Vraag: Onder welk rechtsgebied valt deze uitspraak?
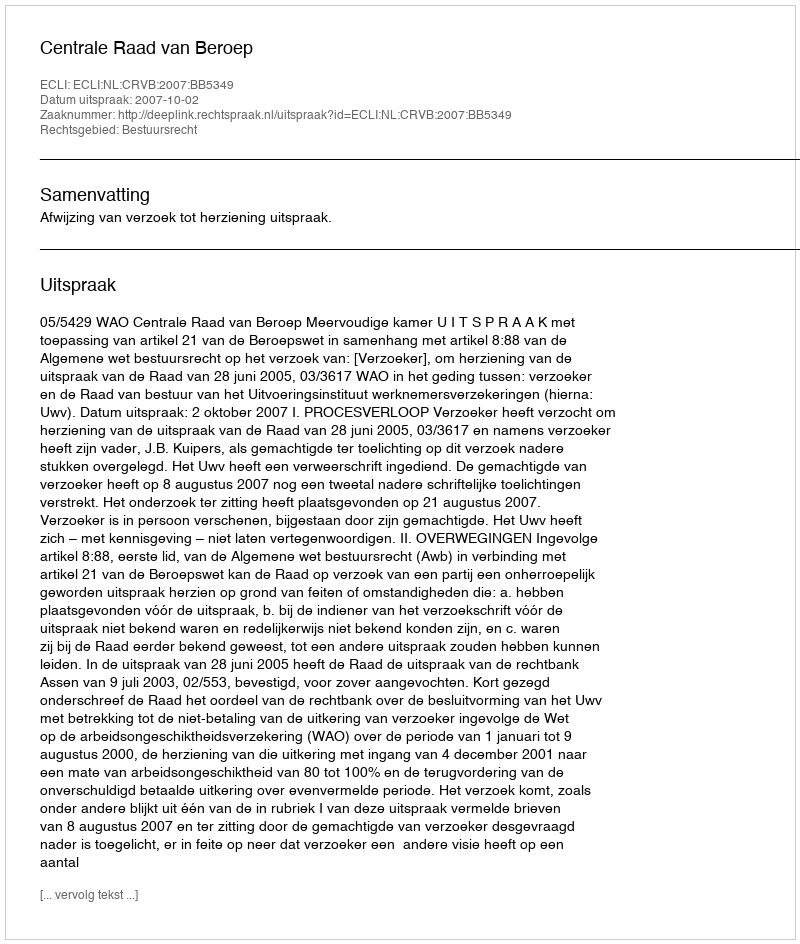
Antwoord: Bestuursrecht